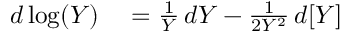
\begin{array} { r l } { d \log ( Y ) } & { { } = { \frac { 1 } { Y } } \, d Y - { \frac { 1 } { 2 Y ^ { 2 } } } \, d [ Y ] } \end{array}